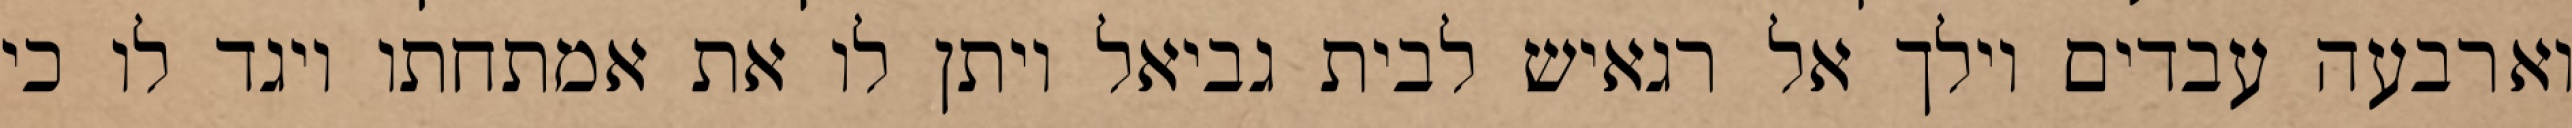
וארבעה עבדים וילך אל רגאיש לבית גביאל ויתן לו את אמתחתו ויגד לו כי